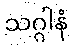
သဂ္ဂါနံ